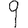
Digit: 9